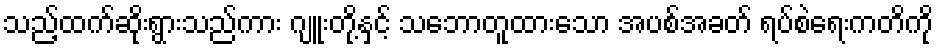
သည့်ထက်ဆိုးရွားသည်ကား ဂျူးတို့နှင့် သဘောတူထားသော အပစ်အခတ် ရပ်စဲရေးကတိကို